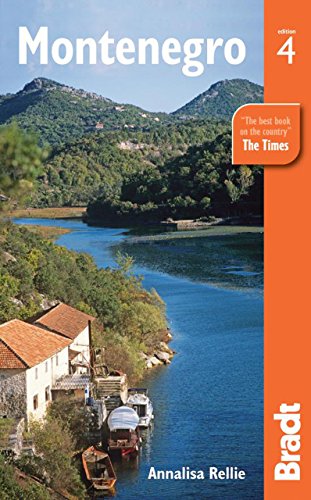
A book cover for Montenegro, 4th (Bradt Travel Guide); Annalisa Rellie; Travel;